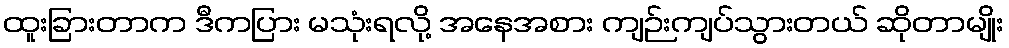
ထူးခြားတာက ဒီကပြား မသုံးရလို့ အနေအစား ကျဉ်းကျပ်သွားတယ် ဆိုတာမျိုး